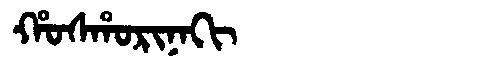
Manchu: ᡥᠣᠰᡥᠣᡵᡳᠨᠠᡴᡳ
Romanization: HOSHORINAKI